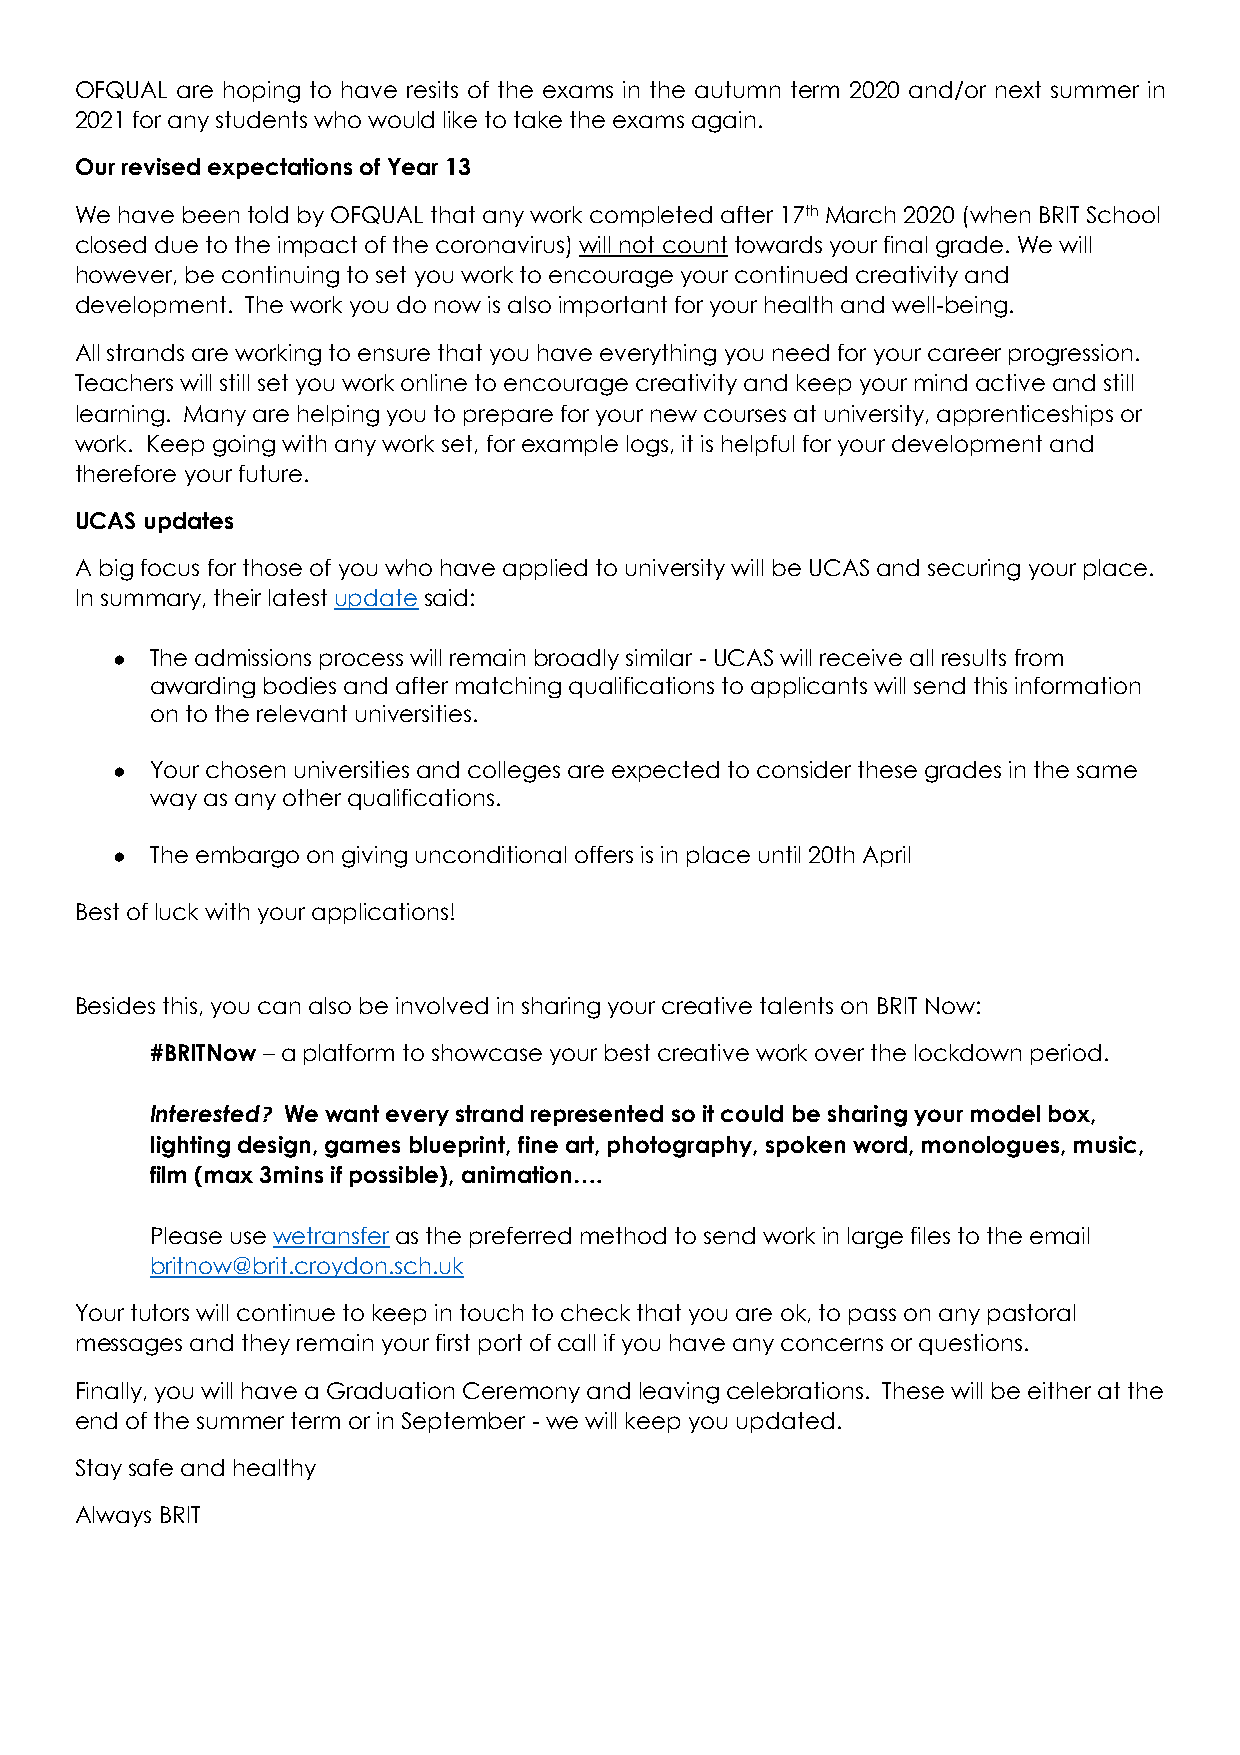
OFQUAL are hoping to have resits of the exams in the autumn term 2020 and/or next summer in
 2021 for any students who would like to take the exams again.
 Our revised expectations of Year 13
 We have been told by OFQUAL that any work completed after 17th March 2020 (when BRIT School
 closed due to the impact of the coronavirus) will not count towards your final grade. We will
 however, be continuing to set you work to encourage your continued creativity and
 development. The work you do now is also important for your health and well-being.
 All strands are working to ensure that you have everything you need for your career progression.
 Teachers will still set you work online to encourage creativity and keep your mind active and still
 learning. Many are helping you to prepare for your new courses at university, apprenticeships or
 work. Keep going with any work set, for example logs, it is helpful for your development and
 therefore your future.
 UCAS updates
 A big focus for those of you who have applied to university will be UCAS and securing your place.
 In summary, their latest update said:
 ●  The admissions process will remain broadly similar - UCAS will receive all results from
 awarding bodies and after matching qualifications to applicants will send this information
 on to the relevant universities.
 ●  Your chosen universities and colleges are expected to consider these grades in the same
 way as any other qualifications.
 ●  The embargo on giving unconditional offers is in place until 20th April
 Best of luck with your applications!
 Besides this, you can also be involved in sharing your creative talents on BRIT Now:
 #BRITNow – a platform to showcase your best creative work over the lockdown period.
 Interested? We want every strand represented so it could be sharing your model box,
 lighting design, games blueprint, fine art, photography, spoken word, monologues, music,
 film (max 3mins if possible), animation….
 Please use wetransfer as the preferred method to send work in large files to the email
 britnow@brit.croydon.sch.uk
 Your tutors will continue to keep in touch to check that you are ok, to pass on any pastoral
 messages and they remain your first port of call if you have any concerns or questions.
 Finally, you will have a Graduation Ceremony and leaving celebrations. These will be either at the
 end of the summer term or in September - we will keep you updated.
 Stay safe and healthy
 Always BRIT